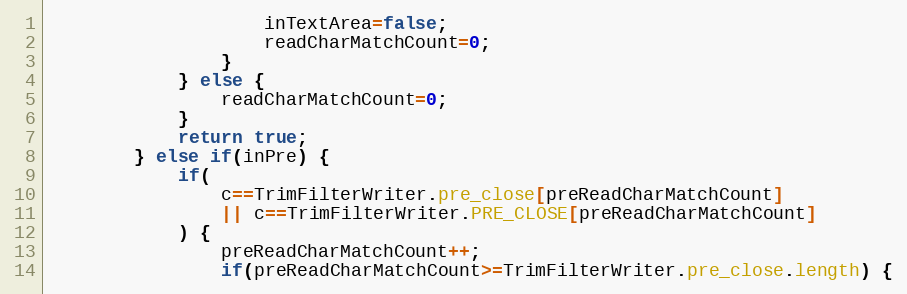
Language: Java
					inTextArea=false;
					readCharMatchCount=0;
				}
			} else {
				readCharMatchCount=0;
			}
			return true;
		} else if(inPre) {
			if(
				c==TrimFilterWriter.pre_close[preReadCharMatchCount]
				|| c==TrimFilterWriter.PRE_CLOSE[preReadCharMatchCount]
			) {
				preReadCharMatchCount++;
				if(preReadCharMatchCount>=TrimFilterWriter.pre_close.length) {